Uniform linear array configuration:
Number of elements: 8
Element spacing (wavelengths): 0.25
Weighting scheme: blackman
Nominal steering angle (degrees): -45
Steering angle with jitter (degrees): -45.399
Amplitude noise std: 0.05
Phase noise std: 0.05

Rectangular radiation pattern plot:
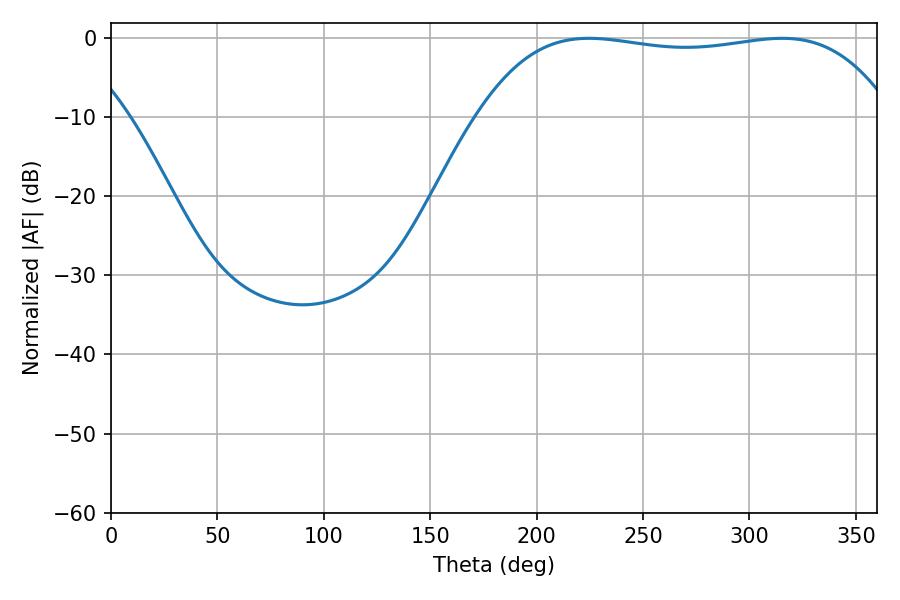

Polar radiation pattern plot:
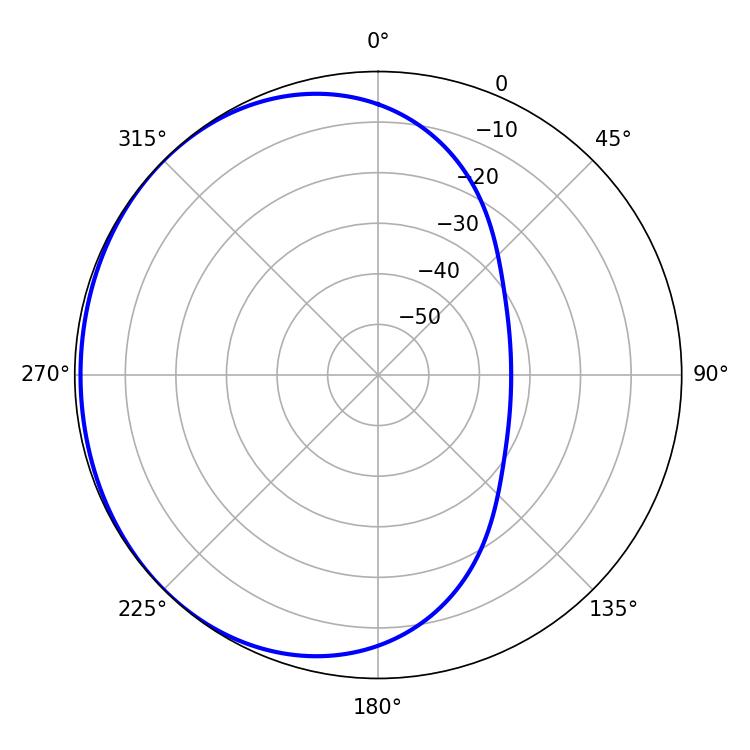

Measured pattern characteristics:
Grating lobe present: FALSE
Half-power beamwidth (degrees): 154.44
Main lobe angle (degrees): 224.64